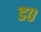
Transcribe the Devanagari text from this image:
ड०